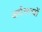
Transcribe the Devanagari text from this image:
अर्धसत्यों